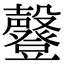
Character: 𣫤